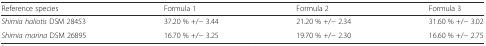
<table><thead><tr><td><b>Reference species</b></td><td><b>Formula 1</b></td><td><b>Formula 2</b></td><td><b>Formula 3</b></td></tr></thead><tbody><tr><td><i>Shimia haliotis</i> DSM 28453</td><td>37.20 % +/− 3.44</td><td>21.20 % +/− 2.34</td><td>31.60 % +/− 3.02</td></tr><tr><td><i>Shimia marina</i> DSM 26895</td><td>16.70 % +/− 3.25</td><td>19.70 % +/− 2.30</td><td>16.60 % +/− 2.75</td></tr></tbody></table>